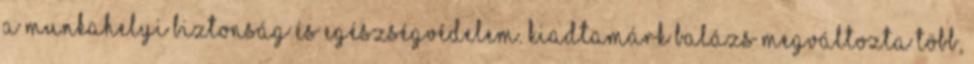
A munkahelyi biztonság és egészségvédelem. KiadtaMárk Balázs Megváltozta több,